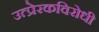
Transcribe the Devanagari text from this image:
उत्प्रेरकविरोधी